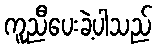
ကူညီပေးခဲ့ပါသည်